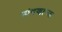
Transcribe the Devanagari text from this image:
डांबणार्‍या